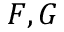
F , G